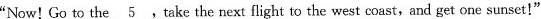
"Now! Go to the \underline{5}, Take the next flight to the west coast,and get one sunset!"